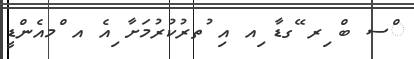
ްސ ބް ިރ ޭގޑާ ިއ އި ުތރުކުރުމަށާ ިއެ އ ްމއެންޑީ